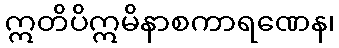
ဣတိပိဣမိနာစကာရဏေန၊